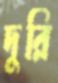
দুরি